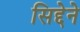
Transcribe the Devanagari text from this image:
सिद्देने